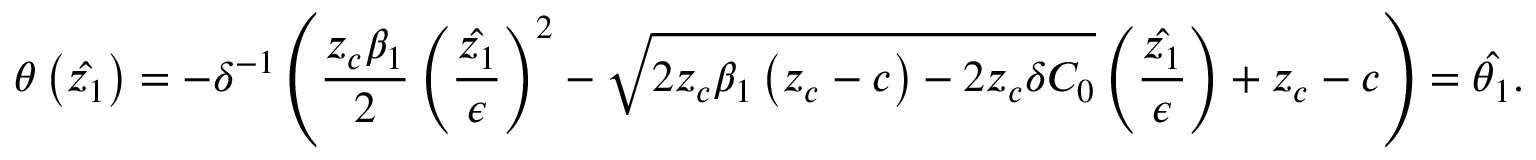
\theta \left( \hat { z _ { 1 } } \right) = - \delta ^ { - 1 } \left( \frac { z _ { c } \beta _ { 1 } } { 2 } \left( \frac { \hat { z _ { 1 } } } { \epsilon } \right) ^ { 2 } - \sqrt { 2 z _ { c } \beta _ { 1 } \left( z _ { c } - c \right) - 2 z _ { c } \delta C _ { 0 } } \left( \frac { \hat { z _ { 1 } } } { \epsilon } \right) + z _ { c } - c \right) = \hat { \theta _ { 1 } } .